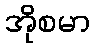
အိုစမာ